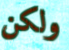
ولكن